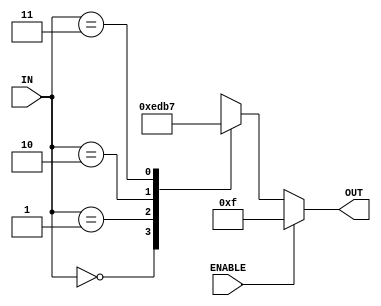
module decode2_4(IN, OUT, ENABLE) ;
	input [1:0] IN ;
	output reg [3:0] OUT ;
	input ENABLE ;
	always @ (IN)
	begin
		if(~ENABLE)
		begin
			case(IN)
				2'b00 : OUT = 4'b1110 ;
				2'b01 : OUT = 4'b1101 ;
				2'b10 : OUT = 4'b1011 ;
				2'b11 : OUT = 4'b0111 ;
			endcase
		end
		else OUT = 4'b1111 ;
	end
endmodule